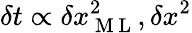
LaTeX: \delta t\propto\delta x_{\mathrm{~M~L~}}^{2},\delta x^{2}